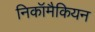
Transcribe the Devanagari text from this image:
निकॉमैकियन